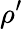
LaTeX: \rho^{\prime}